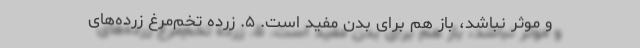
و موثر نباشد، باز هم برای بدن مفید است. ۵. زرده تخم‌مرغ زرده‌های